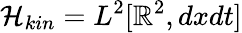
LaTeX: \mathcal{H}_{kin}=L^{2}[\mathbb{R}^{2},dxdt]